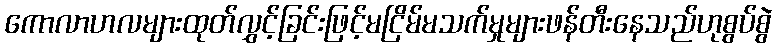
ကောလာဟလများထုတ်လွှင့်ခြင်းဖြင့်မငြိမ်မသက်မှုများဖန်တီးနေသည်ဟုစွပ်စွဲ